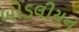
બોડલીયન